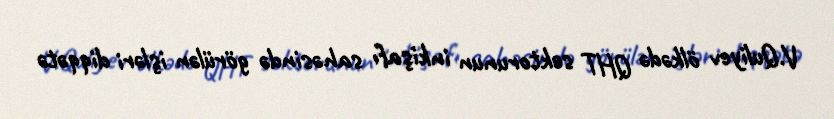
V.Quliyev ölkədə QHT sektorunun inkişafı sahəsində görülən işləri diqqətə